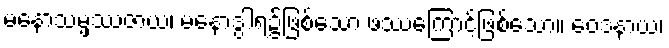
မနောသမ္ဖဿဇာယ၊ မနောဒွါရ၌ဖြစ်သော ဖဿကြောင့်ဖြစ်သော။ ဝေဒနာယ၊